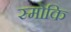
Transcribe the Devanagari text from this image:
स्मोकि